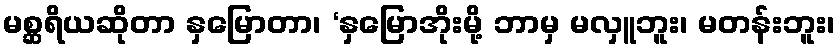
မစ္ဆရိယဆိုတာ နှမြောတာ၊ ‘နှမြောအိုးမို့ ဘာမှ မလှူဘူး၊ မတန်းဘူး၊